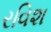
રવિશ